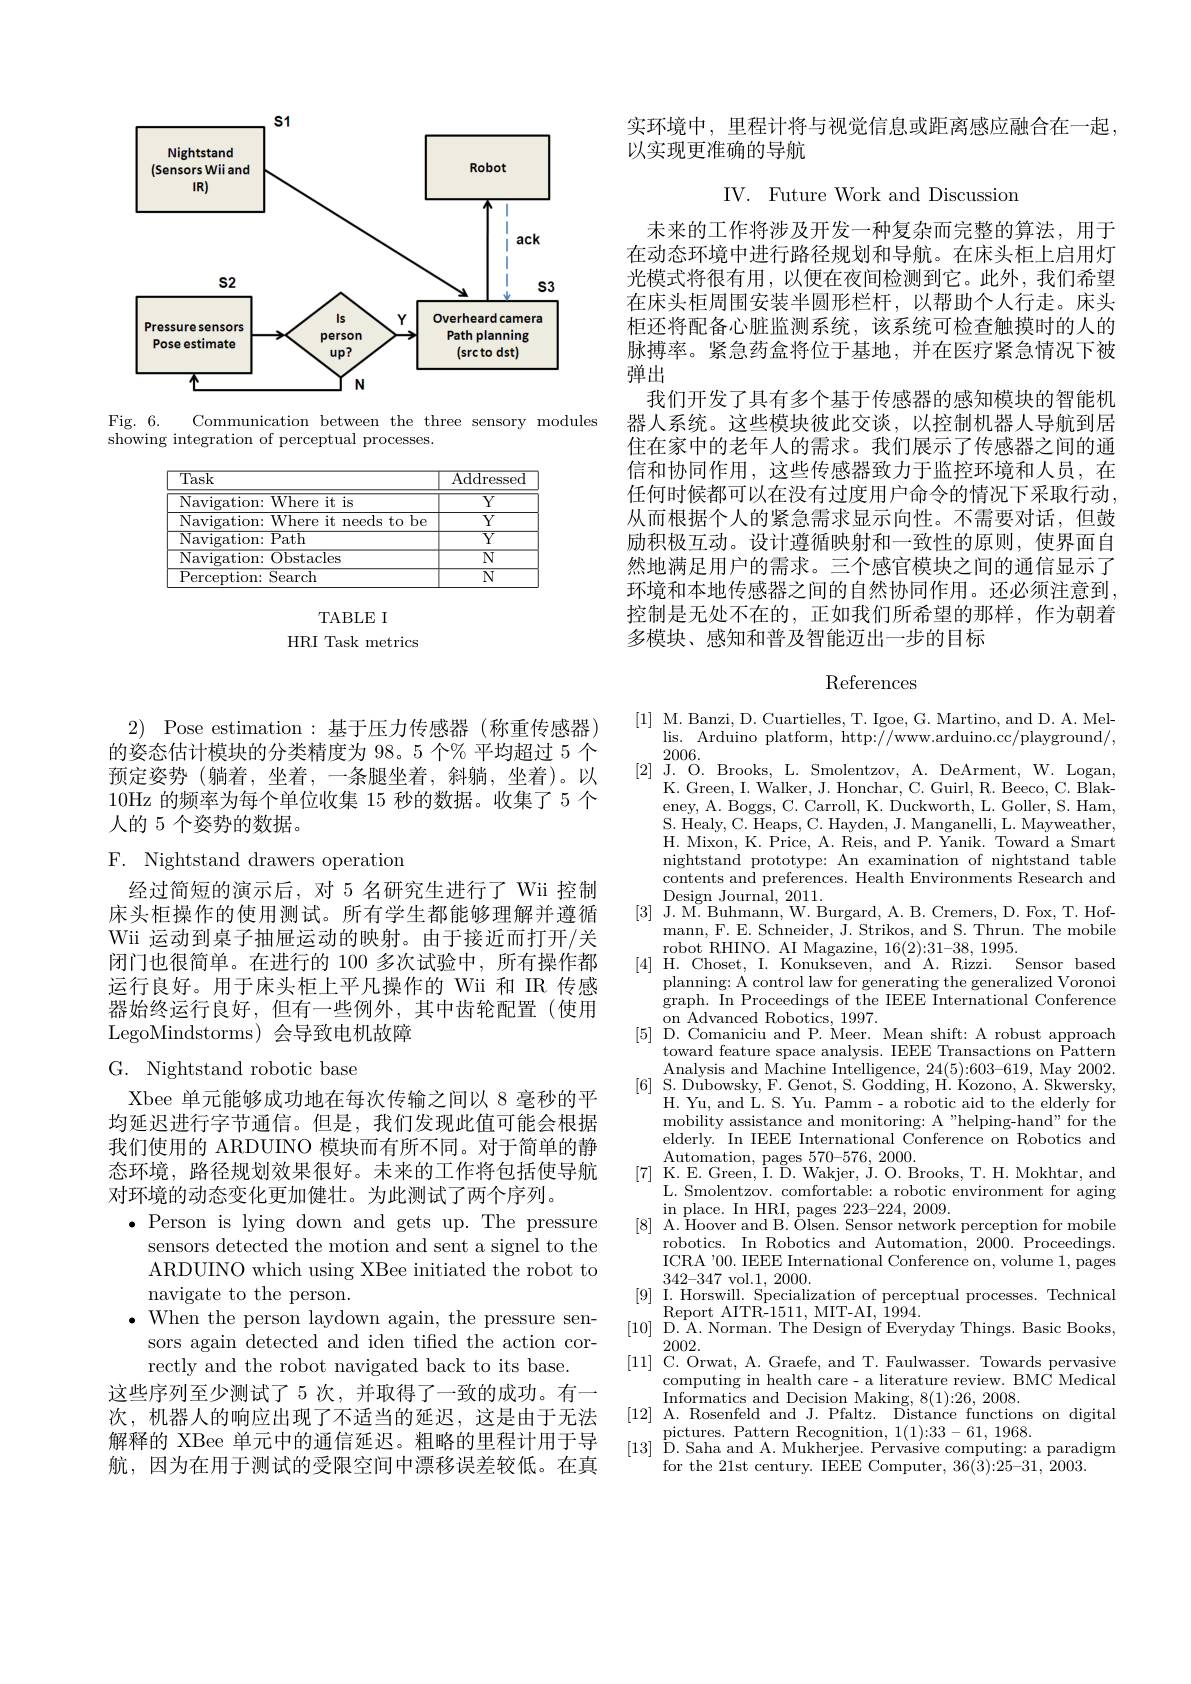
<FigureHere>

Fig. 6.
Communication between the three sensory modules
showing integration of perceptual processes.

<FigureHere>

TABLE I
HRI Task metrics

2) Pose estimation:基于压力传感器的姿态估计模块的分类精度为 98。5 个% 平均超过 5 个预定姿势(躺着，坐着，一条腿坐着，斜躺，坐着)。以10Hz 的频率为每个单位收集 15 秒的数据。收集了 5 个人的 5 个姿势的数据。

F. Nightstand drawers operat

经过简短的演示后，对 5 名研究生进行了 Wii 控制床头柜操作的使用测试。所有学生都能够理解并遵循Wii 运动到桌子抽屉运动的映射。由于接近而打开/关闭门也很简单。在进行的 100 多次试验中，所有操作都运行良好。用于床头柜上平凡操作的 Wii 和 IR 传感器始终运行良好，但有一些例外，其中齿轮配置(使用LegoMindstorms)会导致电机故障

# G. Nightstand robotic base

Xbee 单元能够成功地在每次传输之间以 8 毫秒的平均延迟进行字节通信。但是，我们发现此值可能会根据对环境的动态变化更加健壮。为此测试了两个序列。
$\bullet$Person is lying down and gets up. The pressure
sensors detected the motion and sent a signel to the ARDUNO which using XBee initiated the robot to navigate to the person.
$\bullet$ When the person laydown again, the pressure sen-
sors again detected and iden tiffed the action cor-
rectly and the robot navigated back to its base.
这些序列至少测试了 5 次，并取得了一致的成功。有一次，机器人的响应出现了不适当的延迟，这是由于无法解释的 XBee 单元中的通信延迟。粗略的里程计用于导航，因为在用于测试的受限空间中漂移误差较低。在真

实环境中，里程计将与视觉信息或距离感应融合在一起，
以实现更准确的导航

IV. Future Work and Discussion

未来的工作将涉及开发一种复杂而完整的算法，用于在动态环境中进行路径规划和导航。在床头柜上启用灯光模式将很有用，以便在夜间检测到它。此外，我们希望在床头柜周围安装半圆形栏杆，以帮助个人行走。床头柜还将配备心脏监测系统，该系统可检查触摸时的人的脉搏率。紧急药盒将位于基地，并在医疗紧急情况下被弹出
我们开发了具有多个基于传感器的感知模块的智能机器人系统。这些模块彼此交谈，以控制机器人导航到居住在家中的老年人的需求。我们展示了传感器之间的通信和协同作用，这些传感器致力于监控环境和人员，在任何时候都可以在没有过度用户命令的情况下采取行动， 从而根据个人的紧急需求显示向性。不需要对话，但鼓励积极互动。设计遵循映射和一致性的原则，使界面自然地满足用户的需求。三个感官模块之间的通信显示了环境和本地传感器之间的自然协同作用。还必须注意到， 控制是无处不在的，正如我们所希望的那样，作为朝着多模块、感知和普及智能迈出一步的目标

## References

[1] M. Banzi, D. Cuartielles, T. Igoe, G. Martino, and D. A. Mel-
$\operatorname*{lis.}$ Arduino platform, http://www.arduino.cc/playground/,
2006.
[2]J. O. Brooks, L. Smolentzov, A. DeArment, W. Logan,
K. Green, I. Walker, J. Honchar, C. Guirl, R. Beeco, C. Blakeney, A. Boggs, C. Carroll, K. Duckworth, L. Goller, S. Ham, S. Healy, C. Heaps, C. Hayden, J. Manganelli, L. Mayweather, H. Mixon, K. Price, A. Reis, and P. Yanik. Toward a Smart $\operatorname*{nightstand}_{\mathrm{~c}}$prototype: An examination of nightstand table contents and preferences. Health Environments Research and Design Journal, 2011
[3] J. M. Buhmann, W. Burgard, A. B. Cremers, D. Fox, T. Hof-
mann, F. E. Schneider, J. Strikos, and S. Thrun. The mobile
robot RHINO. AI Magazine, 1
[4]H.Choset, I. Konukseven, and'A. Rizzi. Sensor based
planning: A control law for generating the generalized Voronoi graph. In Proceedings of the $\begin{array}{c}{\mathrm{on~Advanced~Robotics,~1997.}}\\{\mathrm{on~Advanced~Robotics,~1997.}}\\{\mathrm{D~}}\end{array}$
[5] D. Comaniciu and P. Me
toward feature space analysis. IEEE Transactions on Pattern Analysis and Machine Intelli
[6] S. Dubowsky, F. Genot, S. Godding, H. Kozono, A. Skwersky,
H. Yu, and L. S. Yu. Pamm- a robotic aid to the elderly for mobility assistance and moni
L. Smolentzov. comfortable: a robotic environment for aging $\begin{array}{ll}&\mathrm{in~place.~In~HRI,~pages~223-224,~2009.}\\[8]&\mathrm{A.~Hoover~and~B.~Olsen.~Sensor~network~perception~for~mobile}\end{array}$
robotics. In Robotics and Au ICRA'00. IEEE International Conference on, volume 1, pages 342-347vol.1,2000.
[9] I. Horswill. Specialization of perceptual processes. Technical
Report AITR-1511, MIT-AI, 1994.
[10] D.A. Norman. The Design of Everyday Things. Basic Books,
2002.
[11] C. Orwat, A. Graefe, and T. Faulwasser. Towards pervasive
computing in health care- a
Informatics and Decision Mak
[12] A. Rosenfeld and J. Pfaltz. Distance functions on digital
pictures. Pattern Recognitio
[13] D.Saha and A. Mukherjee. Pervasive computing: a paradigm
for the 21st century. IEEE C